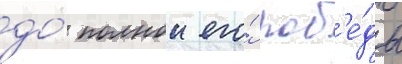
до́ полнои его́ поб'е́ды